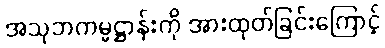
အသုဘကမ္မဋ္ဌာန်းကို အားထုတ်ခြင်းကြောင့်